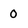
Character: 0